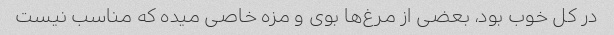
در کل خوب بود، بعضی از مرغ‌ها بوی و مزه خاصی میده که مناسب نیست